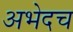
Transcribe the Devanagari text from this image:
अभेदच